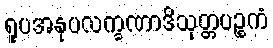
ရူပအနုပလက္ခဏာဒိသုတ္တပဉ္စကံ